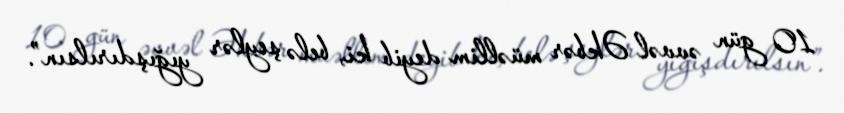
10 gün əvvəl Əkbər müəllim deyib ki, belə şeylər yığışdırılsın”.